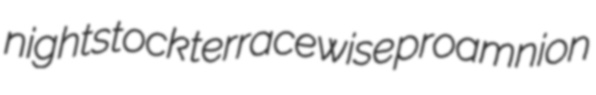
nightstock terracewise proamnion